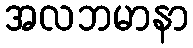
အလဘမာနာ